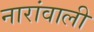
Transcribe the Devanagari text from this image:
नारांवाली